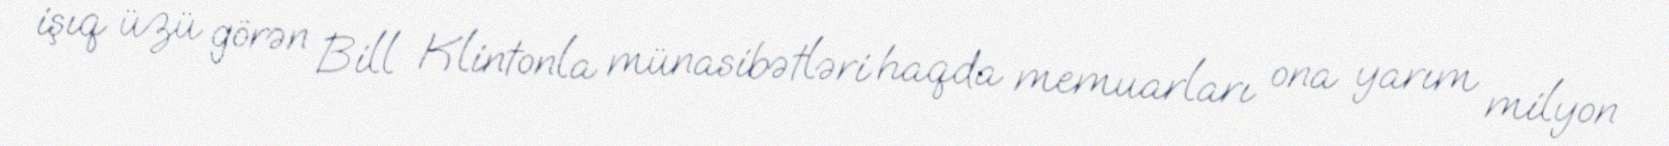
işıq üzü görən Bill Klintonla münasibətləri haqda memuarları ona yarım milyon